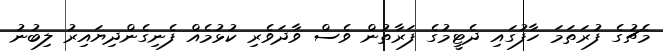
މެޗުގެ ފުރަތަމަ ހާފުގައި ދެޓީމުގެ ފަރާތުން ވެސް ވާދަވެރި ކުޅުމެއް ފެނިގެންދިޔައިރު ލިބުނު